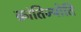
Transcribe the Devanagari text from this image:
क्रांतिज्योति